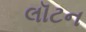
લૉટન